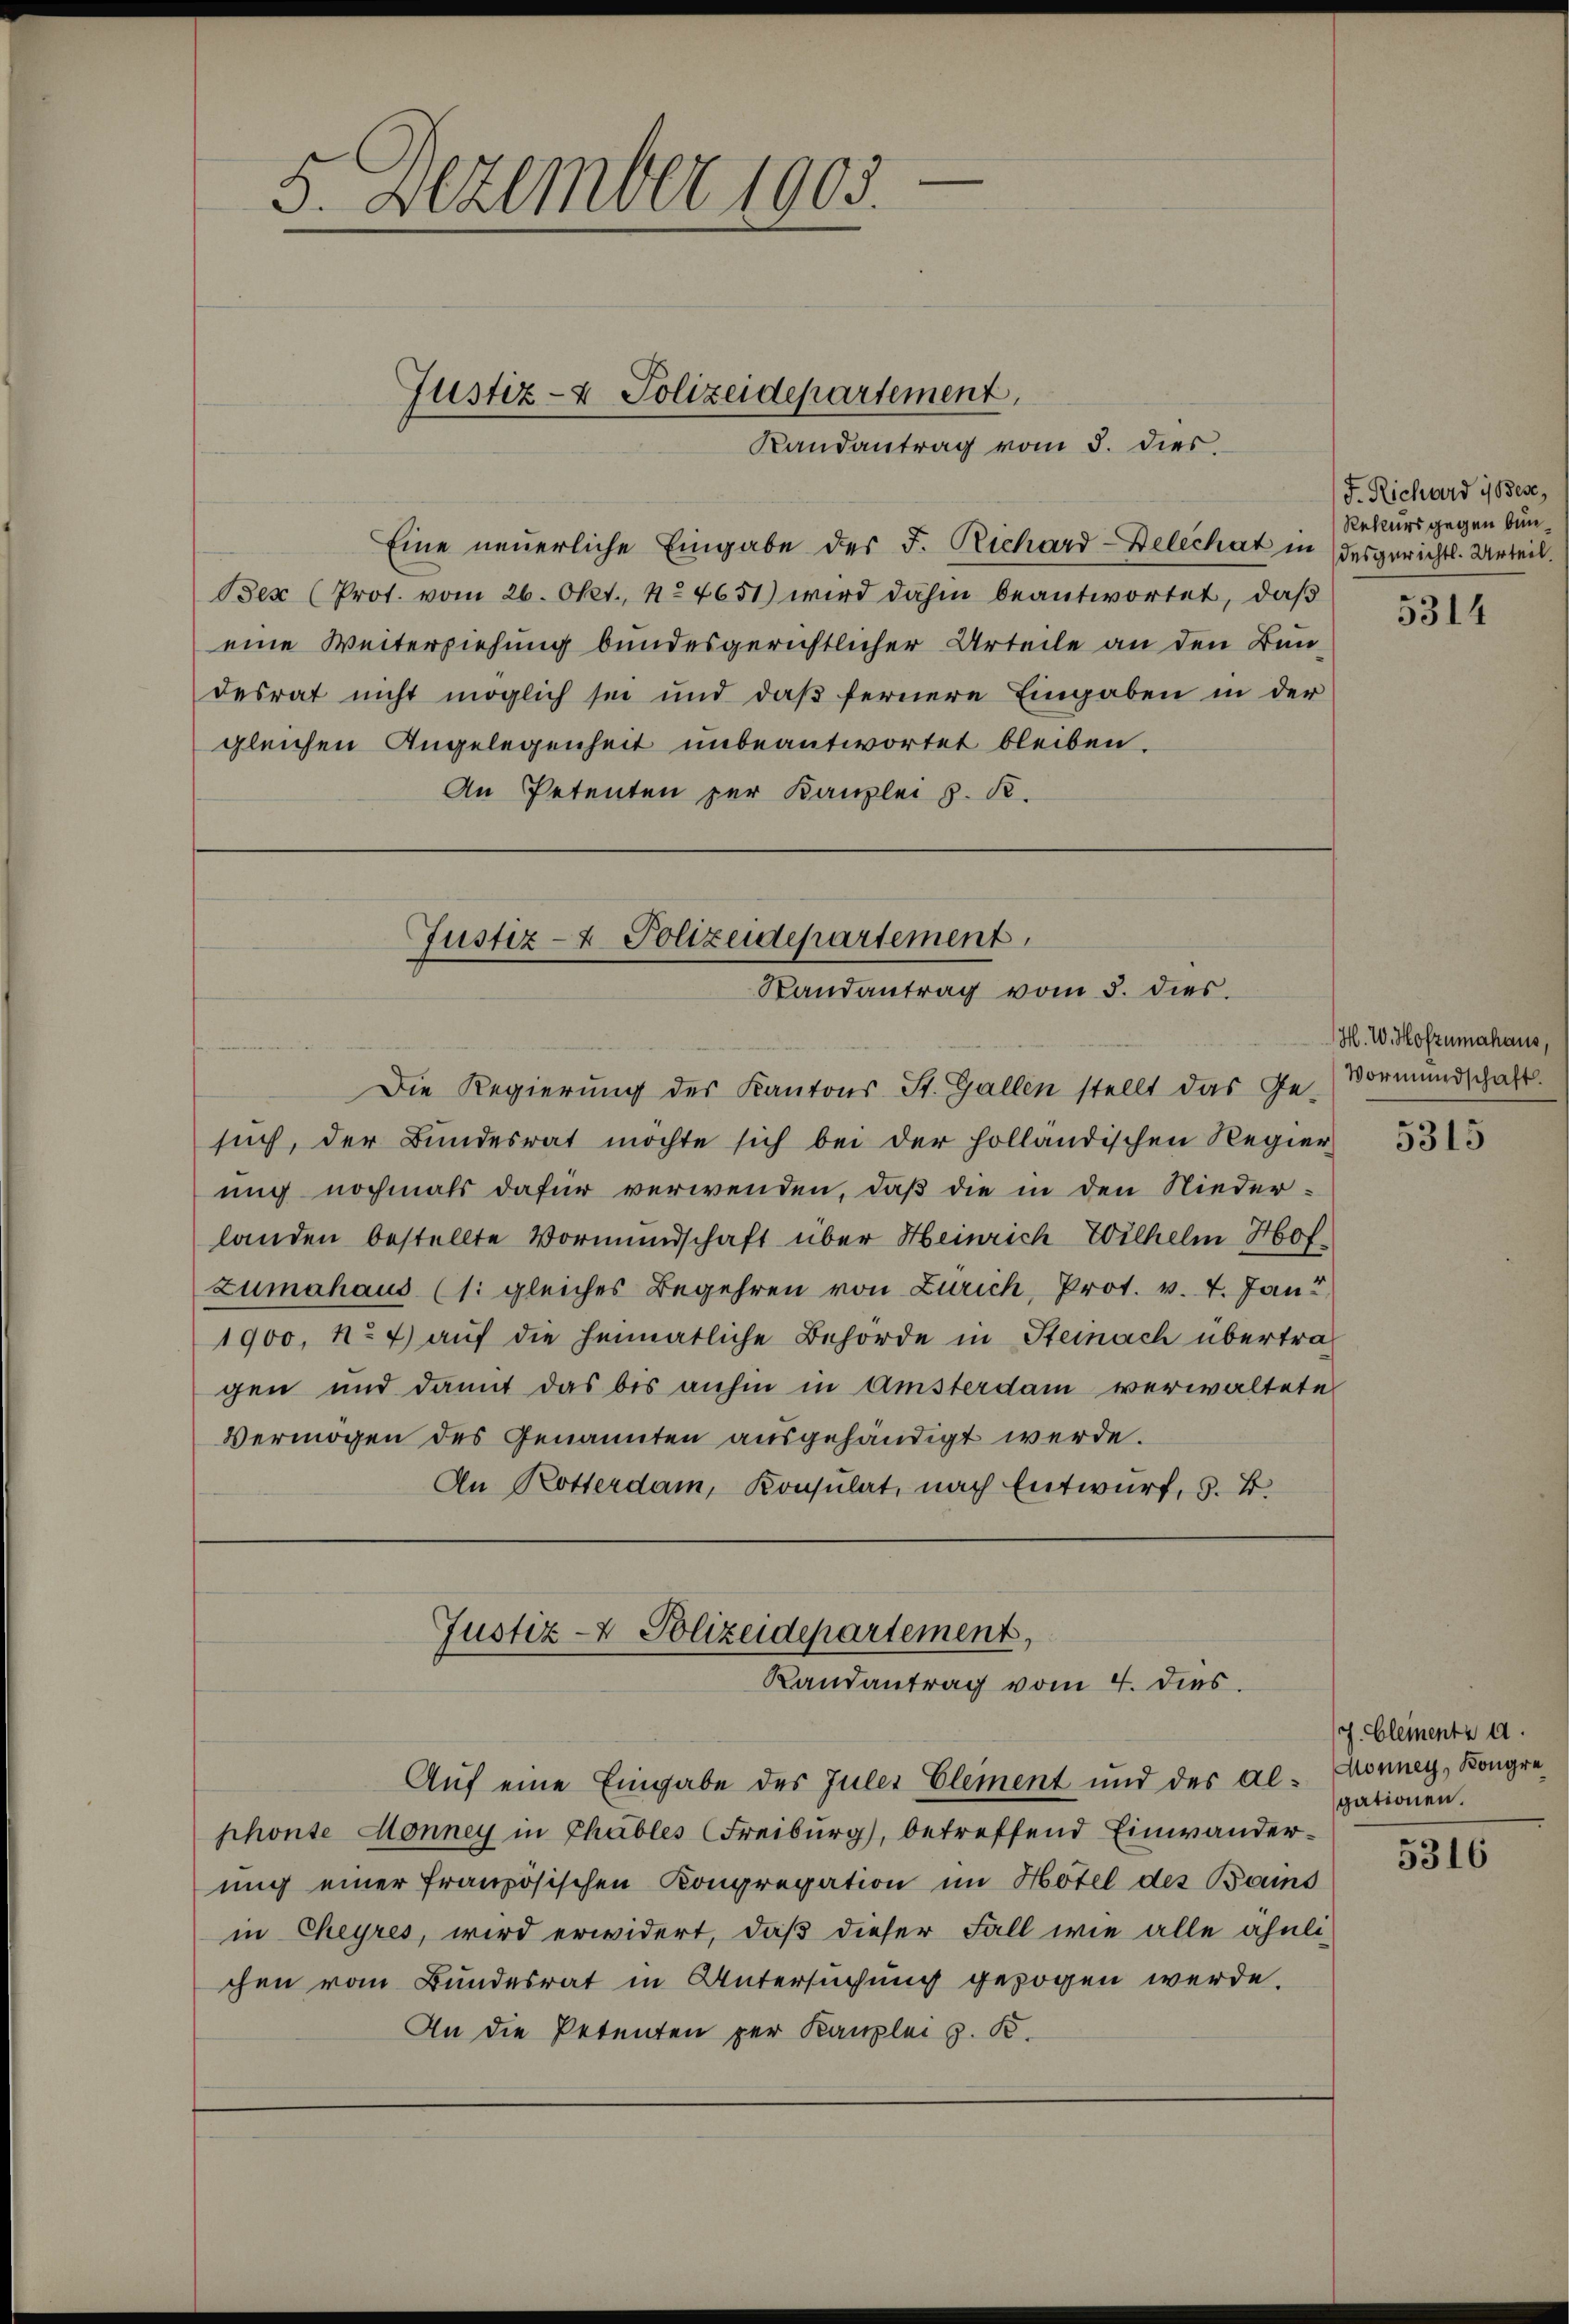
Ber (Prot. vom 26. Okt., No 4651) wird dahin beantwortet, daß
eine Weiterziehung bundesgerichtlicher Urteile an den Bundesrat nicht möglich sei und daß fernere Eingaben in der
gleichen Angelegenheit unbeantwortet bleiben.
An Petenten zur Kanzlei s. R.

5. Dezember 1905.

Justiz- & Polizeidepartement,
Randantrag vom 5. dies

Eine neuerliche Eingabe der F. Richard-Delechat in desgerichts-Urteil.

Justiz- & Polizeidepartement
Randantrag vom 5. dies

such, der Bundesrat möchte sich bei der holländischen Regier
ung nochmals dafür verwenden, daß die in den Nieder-
landen bestellte Vormundschaft über Heinrich Wilhelm Hofzumahaus (1: gleiches Begehren von Zürich, Prot. v. 7. Jan
1900, No 7) auf die heimatliche Behörde in Steinach übertrag
gen und damit das bis anhin in Amsterdam verwaltete
Vermögen des Genannten ausgehändigt werde.
An Rotterdam, Konsulat, nach Entwurf, z. B.

Die Regierung des Kantons St. Gallen stellt das Ge-Vormundschaft.

Justiz- & Polizeidepartement,
Randantrag vom 4. dies.

Auf eine Eingabe des Juler Element und der alshonte Monney in Chables Freiburg, betreffend Einwanderung einer französischen Kongregation im Hotel des Baus
in Cheyres, wird erwidert, daß dieser Fall wie alle ähnlichen vom Bundesrat in Untersuchung gezogen werde.
An die Petenten per Kanzlei z. K.

F. Richwird ist es,
Rekurs gegen bun¬

5314

H. W. Hofzumahaus,

5315

(J. Gleinentz a.
Monney, Kongre
gationen.

5316